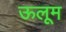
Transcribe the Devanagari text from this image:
ऊलूम